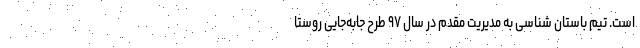
است. تیم باستان شناسی به مدیریت مقدم در سال ۹۷ طرح جا‌به‌جایی روستا